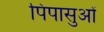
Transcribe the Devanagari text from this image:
पिपासुओं